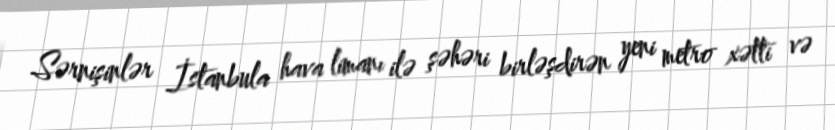
Sərnişinlər İstanbula hava limanı ilə şəhəri birləşdirən yeni metro xətti və